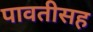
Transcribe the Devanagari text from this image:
पावतीसह